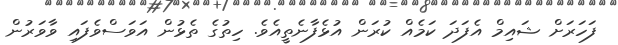
ފަހަރަށް ޝައިމް އެފަދަ ކަމެއް ކުރަން އުޅެފާނެތީއެވެ. ހިތުގެ ތެޅުން އަވަސްވެފައި ވާވަރުން